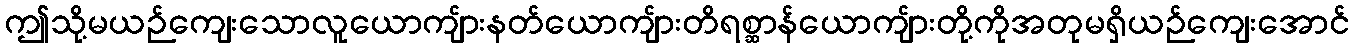
ဤသို့မယဉ်ကျေးသောလူယောကျ်ားနတ်ယောကျ်ားတိရစ္ဆာန်ယောကျ်ားတို့ကိုအတုမရှိယဉ်ကျေးအောင်